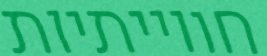
חווייתיות